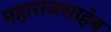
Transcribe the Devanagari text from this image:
महाराजसाहेब